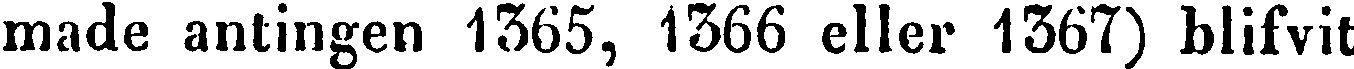
made antingen 1365, 1366 eller 1367) blifvit